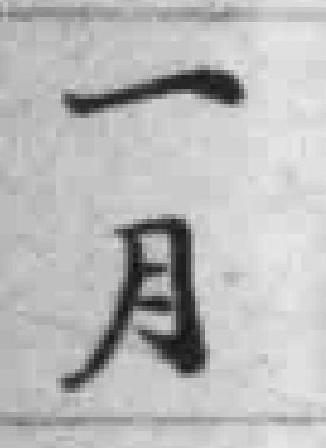
一月